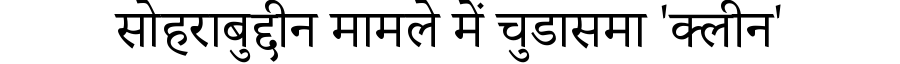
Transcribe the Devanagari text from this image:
सोहराबुद्दीन मामले में चुडासमा 'क्लीन'